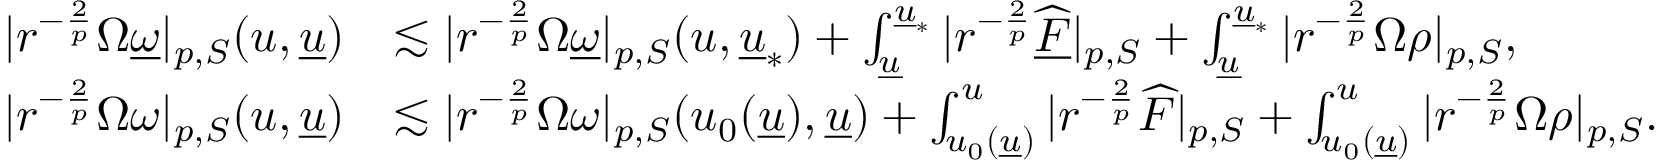
\begin{array} { r l } { | r ^ { - \frac { 2 } { p } } \Omega \underline { { \omega } } | _ { p , S } ( u , { \underline { { u } } } ) } & { \lesssim | r ^ { - \frac { 2 } { p } } \Omega \underline { { \omega } } | _ { p , S } ( u , { \underline { { u } } } _ { * } ) + \int _ { { \underline { { u } } } } ^ { { \underline { { u } } } _ { * } } | r ^ { - \frac { 2 } { p } } \widehat { \underline { { F } } } | _ { p , S } + \int _ { { \underline { { u } } } } ^ { { \underline { { u } } } _ { * } } | r ^ { - \frac { 2 } { p } } \Omega \rho | _ { p , S } , } \\ { | r ^ { - \frac { 2 } { p } } \Omega \omega | _ { p , S } ( u , { \underline { { u } } } ) } & { \lesssim | r ^ { - \frac { 2 } { p } } \Omega \omega | _ { p , S } ( u _ { 0 } ( { \underline { { u } } } ) , { \underline { { u } } } ) + \int _ { u _ { 0 } ( { \underline { { u } } } ) } ^ { u } | r ^ { - \frac { 2 } { p } } \widehat { F } | _ { p , S } + \int _ { u _ { 0 } ( { \underline { { u } } } ) } ^ { u } | r ^ { - \frac { 2 } { p } } \Omega \rho | _ { p , S } . } \end{array}